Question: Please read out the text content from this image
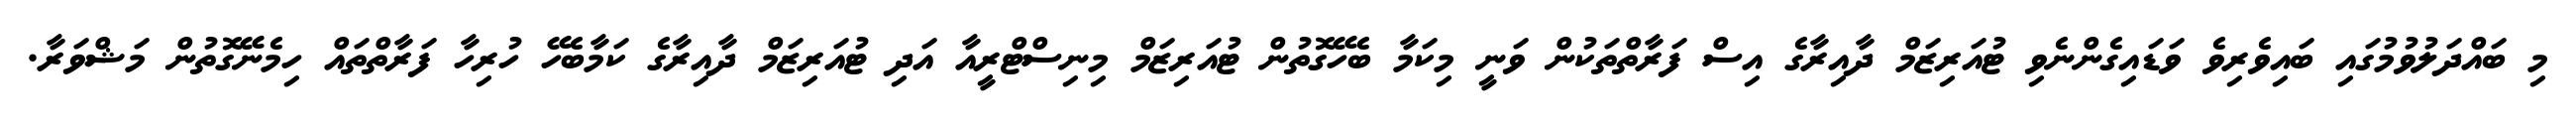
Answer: މި ބައްދަލުވުމުގައި ބައިވެރިވެ ވަޑައިގެންނެވި ޓުއަރިޒަމް ދާއިރާގެ އިސް ފަރާތްތަކުން ވަނީ މިކަމާ ބެހޭގޮތުން ޓުއަރިޒަމް މިނިސްޓްރީއާ އަދި ޓުއަރިޒަމް ދާއިރާގެ ކަމާބެހޭ ހުރިހާ ފަރާތްތައް ހިމެނޭގޮތުން މަޝްވަރާ.